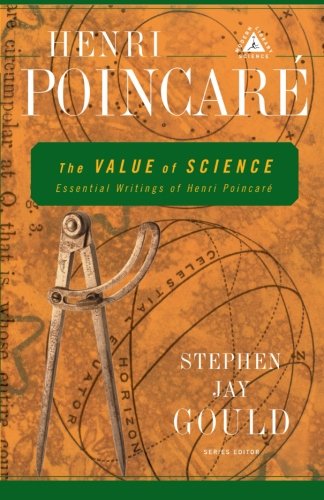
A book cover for The Value of Science: Essential Writings of Henri Poincare (Modern Library Science); Henri Poincare; Science & Math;